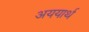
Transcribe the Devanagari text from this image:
अययार्थ